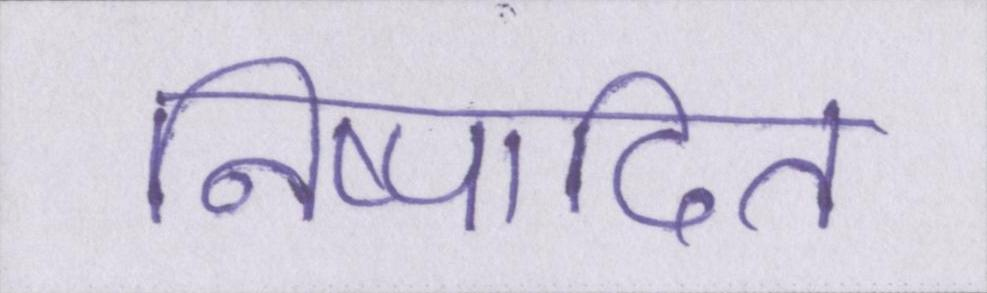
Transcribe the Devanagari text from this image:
निष्पादित